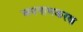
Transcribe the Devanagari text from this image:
अपनामकरण